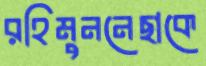
রহিমুননেছাকে